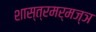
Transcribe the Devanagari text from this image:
शास्त्रमर्मज्ञ